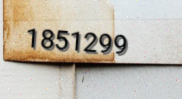
1851299